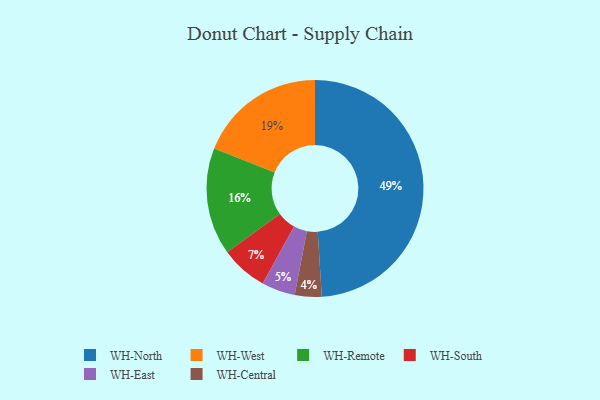
{"axis": {"x": "Category", "y": "Percentage"}, "legend": ["WH-Central", "WH-East", "WH-North", "WH-Remote", "WH-South", "WH-West"], "data": [{"x": "WH-West", "y": 19, "type": "WH-West"}, {"x": "WH-East", "y": 5, "type": "WH-East"}, {"x": "WH-Central", "y": 4, "type": "WH-Central"}, {"x": "WH-South", "y": 7, "type": "WH-South"}, {"x": "WH-North", "y": 49, "type": "WH-North"}, {"x": "WH-Remote", "y": 16, "type": "WH-Remote"}]}